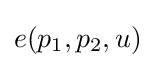
e(p_{1},p_{2},u)